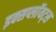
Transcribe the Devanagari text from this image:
इक्सप्लॉयट्स